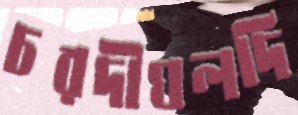
চরদীঘলদি